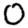
Digit: 0